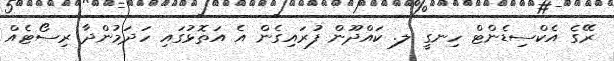
ރޭގެ އެކްސިޑެންޓް ހިނގީ ލ. ކައްދޫން ފުރައިގެން އެ އަތޮޅުގައި ހަދަމުންދާ ރިސޯޓެއް